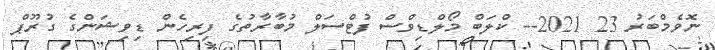
ނޮވެމްބަރު 23 2021-- ކްލަބް މޯލްޑިވްސް ފުޓްސަލް މުބާރާތުގެ ފިރިހެން ޑިވިޝަންގެ ގުރޫޕް